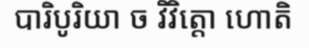
បារិបូរិយា ច វិវិត្តោ ហោតិ